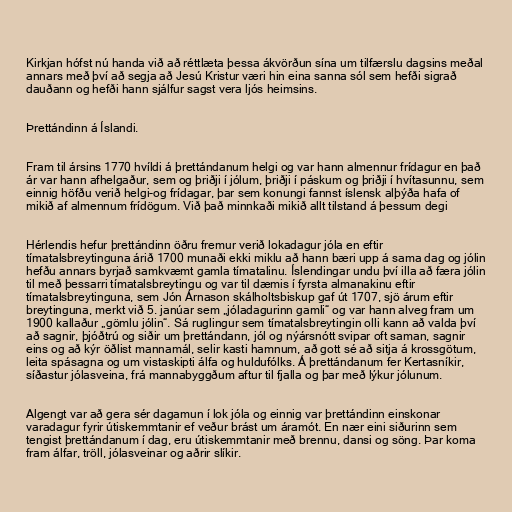
Kirkjan hófst nú handa við að réttlæta þessa ákvörðun sína um tilfærslu dagsins meðal
annars með því að segja að Jesú Kristur væri hin eina sanna sól sem hefði sigrað
dauðann og hefði hann sjálfur sagst vera ljós heimsins.

Þrettándinn á Íslandi.

Fram til ársins 1770 hvíldi á þrettándanum helgi og var hann almennur frídagur en það
ár var hann afhelgaður, sem og þriðji í jólum, þriðji í páskum og þriðji í hvítasunnu, sem
einnig höfðu verið helgi-og frídagar, þar sem konungi fannst íslensk alþýða hafa of
mikið af almennum frídögum. Við það minnkaði mikið allt tilstand á þessum degi

Hérlendis hefur þrettándinn öðru fremur verið lokadagur jóla en eftir
tímatalsbreytinguna árið 1700 munaði ekki miklu að hann bæri upp á sama dag og jólin
hefðu annars byrjað samkvæmt gamla tímatalinu. Íslendingar undu því illa að færa jólin
til með þessarri tímatalsbreytingu og var til dæmis í fyrsta almanakinu eftir
tímatalsbreytinguna, sem Jón Árnason skálholtsbiskup gaf út 1707, sjö árum eftir
breytinguna, merkt við 5. janúar sem „jóladagurinn gamli“ og var hann alveg fram um
1900 kallaður „gömlu jólin“. Sá ruglingur sem tímatalsbreytingin olli kann að valda því
að sagnir, þjóðtrú og siðir um þrettándann, jól og nýársnótt svipar oft saman, sagnir
eins og að kýr öðlist mannamál, selir kasti hamnum, að gott sé að sitja á krossgötum,
leita spásagna og um vistaskipti álfa og huldufólks. Á þrettándanum fer Kertasníkir,
síðastur jólasveina, frá mannabyggðum aftur til fjalla og þar með lýkur jólunum.

Algengt var að gera sér dagamun í lok jóla og einnig var þrettándinn einskonar
varadagur fyrir útiskemmtanir ef veður brást um áramót. En nær eini siðurinn sem
tengist þrettándanum í dag, eru útiskemmtanir með brennu, dansi og söng. Þar koma
fram álfar, tröll, jólasveinar og aðrir slíkir.